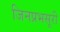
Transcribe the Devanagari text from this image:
जिनप्रभसूरी